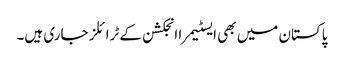
پاکستان میں بھی ایسٹیمرا انجکشن کے ٹرائلز جاری ہیں۔